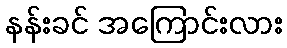
နန်းခင် အကြောင်းလား